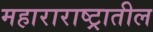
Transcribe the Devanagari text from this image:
महाराराष्ट्रातील